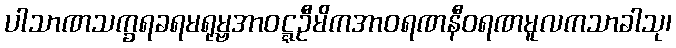
ပါသာဏသက္ခရခရမရုမ္ဗအာဝဋ္ဋဦမိကအာဝရဏနီဝရဏမူလကသာခါသု၊